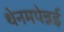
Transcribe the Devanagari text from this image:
थेनमपेन्नई